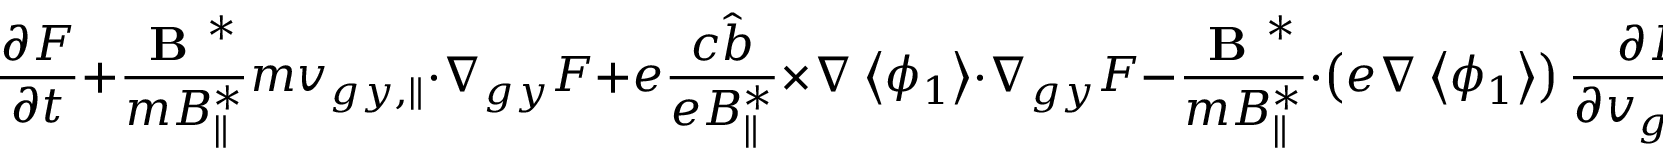
\frac { \partial F } { \partial t } + \frac { \textbf { B } ^ { * } } { m B _ { \parallel } ^ { * } } m { v } _ { g y , \parallel } \boldsymbol { \cdot } \nabla _ { g y } F + e \frac { c \hat { b } } { e B _ { \parallel } ^ { * } } \times \nabla \left< \phi _ { 1 } \right> \boldsymbol { \cdot } \nabla _ { g y } F - \frac { \textbf { B } ^ { * } } { m B _ { \parallel } ^ { * } } \boldsymbol { \cdot } \left( e \nabla \left< \phi _ { 1 } \right> \right) \frac { \partial F } { \partial { v } _ { g y , \parallel } } = 0 .